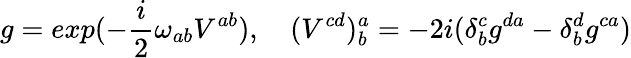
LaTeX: g=exp(-\frac{i}{2}\omega_{ab}V^{ab}),\quad(V^{cd})_{b}^{a}=-2i(\delta_{b}^{c}g^{da}-\delta_{b}^{d}g^{ca})